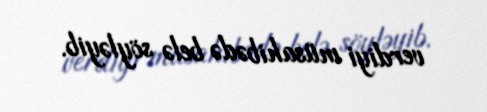
verdiyi müsahibədə belə söyləyib.